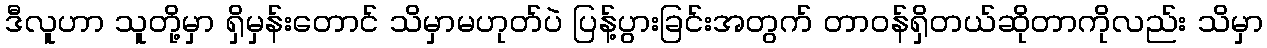
ဒီလူဟာ သူတို့မှာ ရှိမှန်းတောင် သိမှာမဟုတ်ပဲ ပြန့်ပွားခြင်းအတွက် တာဝန်ရှိတယ်ဆိုတာကိုလည်း သိမှာ